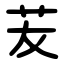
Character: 茇